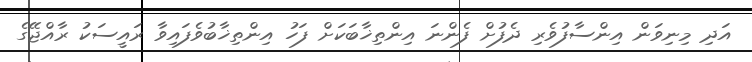
އަދި މިނިވަން އިންސާފުވެރި ދެފުށް ފެންނަ އިންތިޚާބަކަށް ފަހު އިންތިޚާބުވެފައިވާ ރައީސަކު ރާއްޖޭގެ